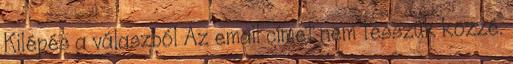
Kilépés a válaszból Az email címet nem tesszük közzé.